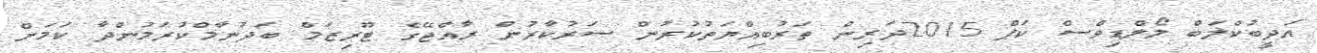
އަދީބުކްލަބް މޯލްޑިވްސް ކަޕް 2015ދަރިން ތަރުބިއްޔަތުކުރުން ސަރުކާރުން ރާއްޖޭގެ ޓޫރިޒަމް ބަދުނާމްކުރަމުންދާ ކަމަށް